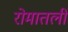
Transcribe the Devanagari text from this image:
रोमातली